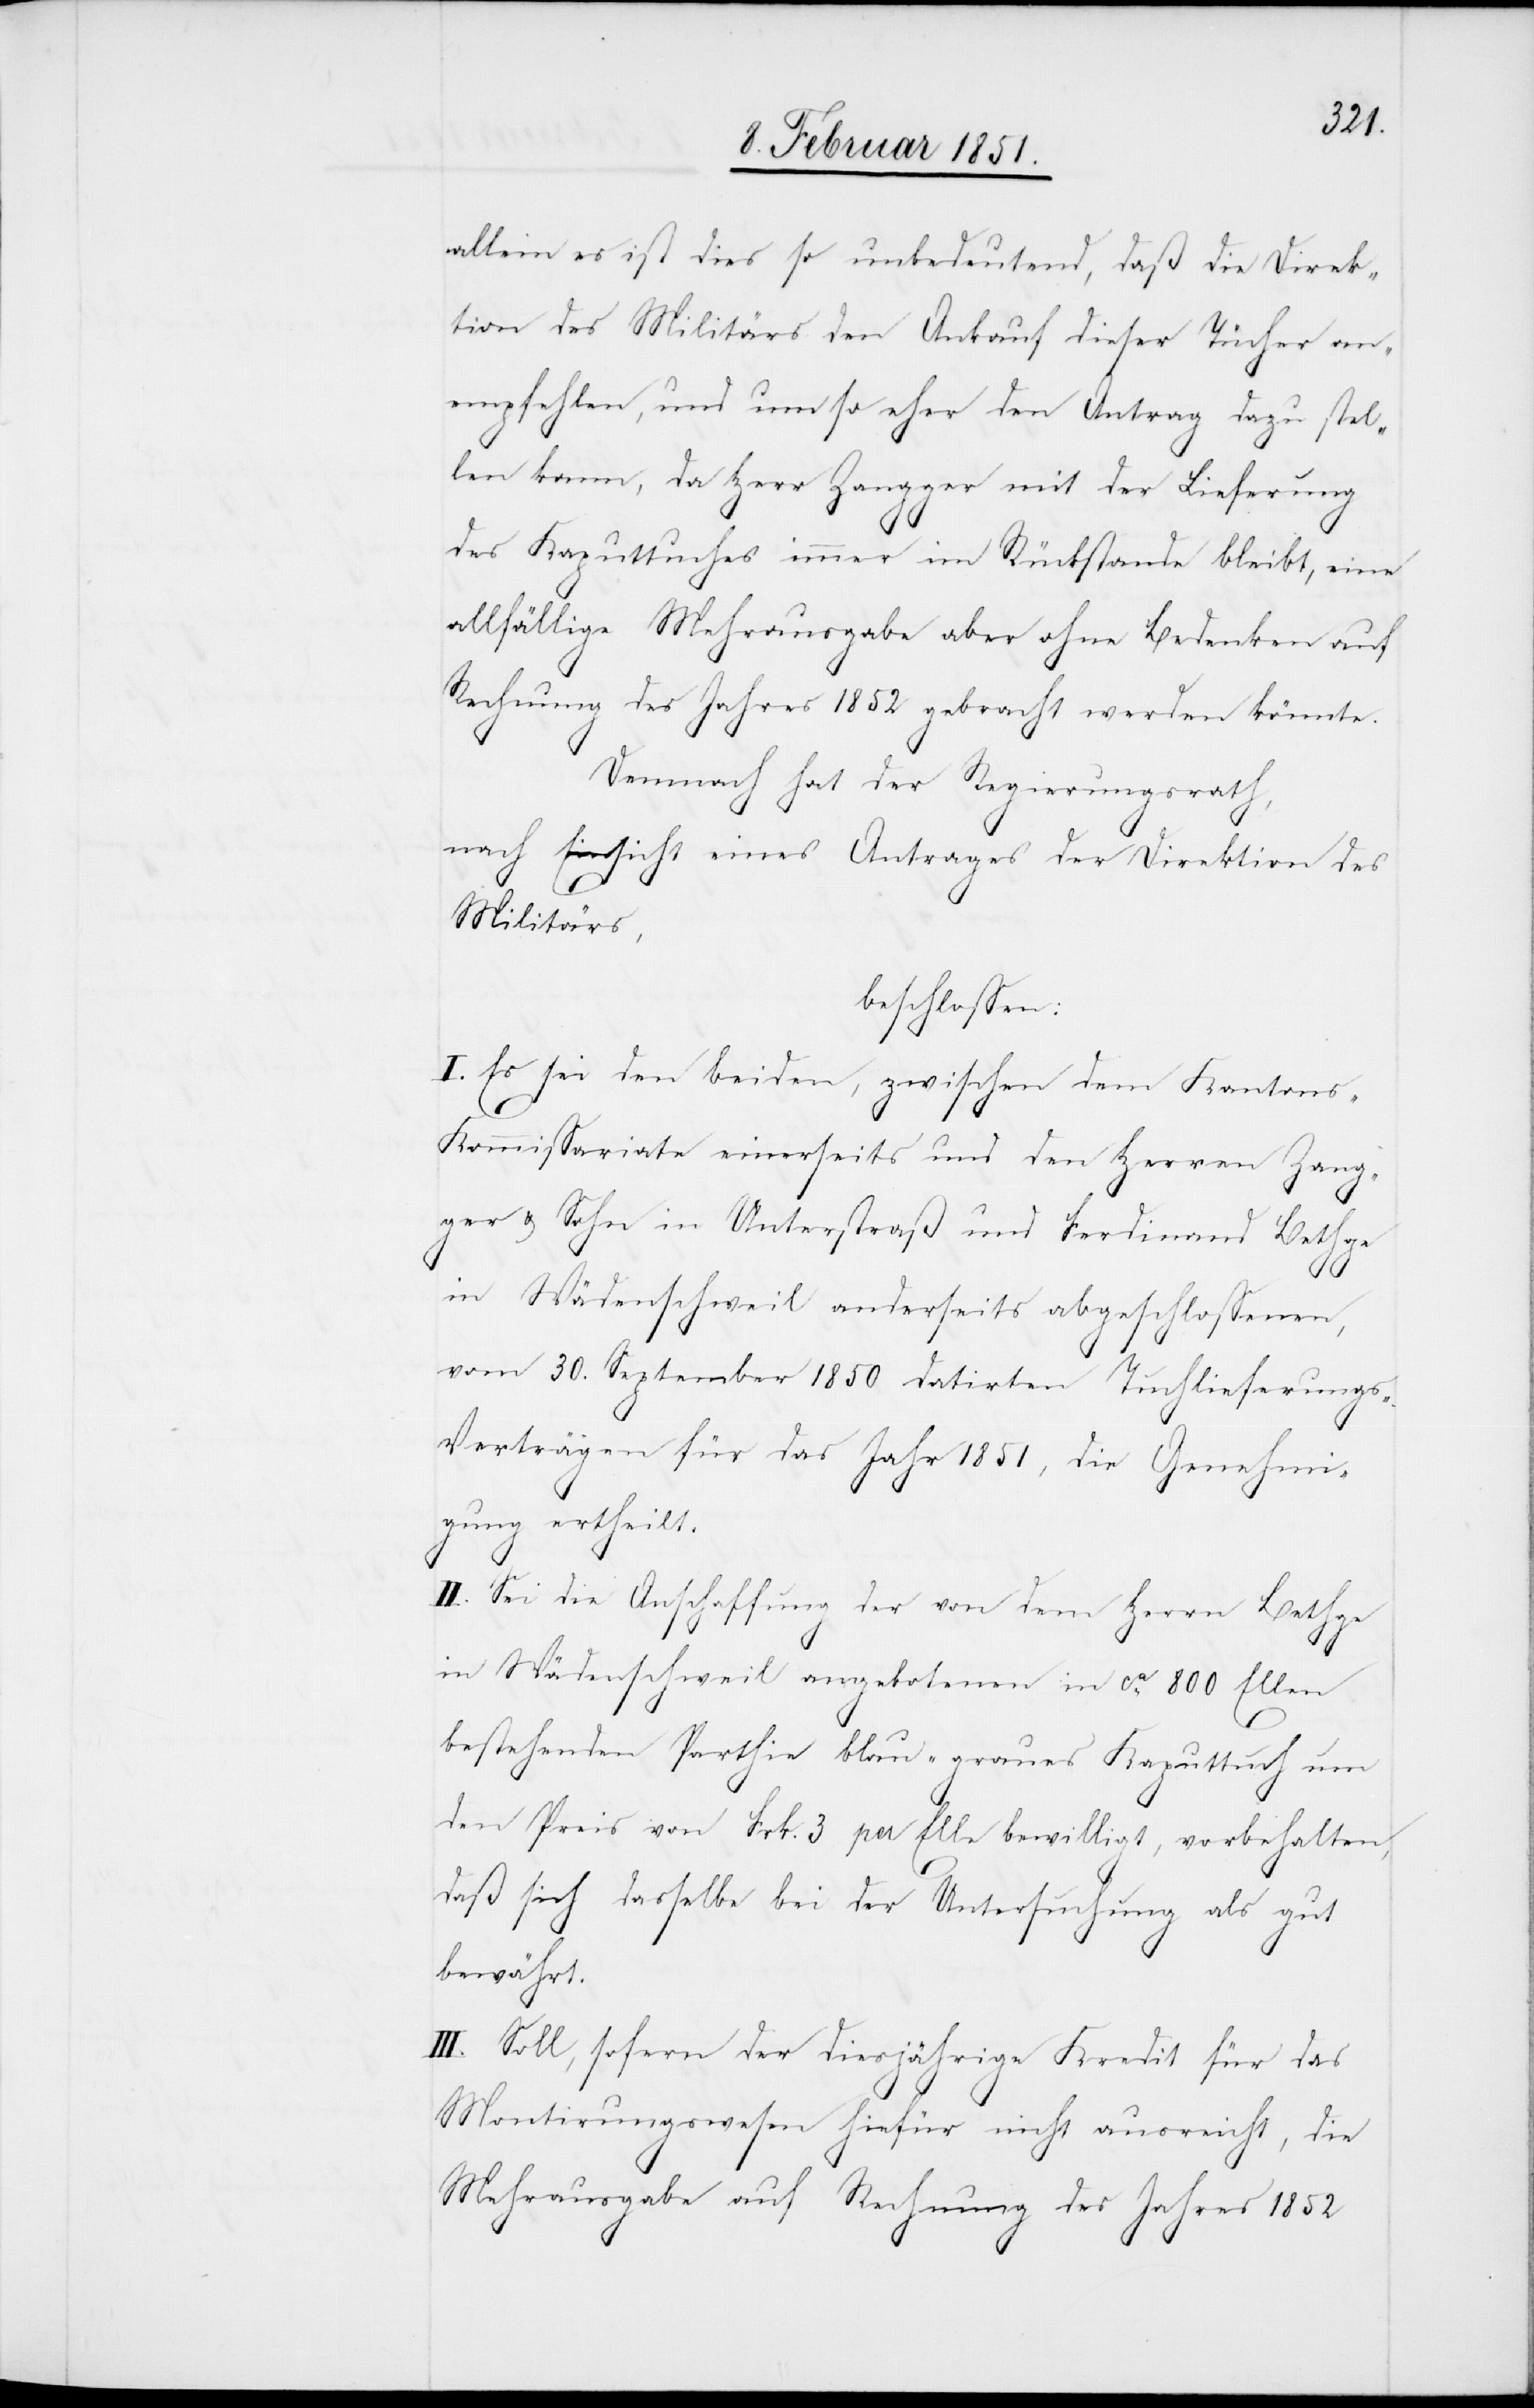
allein es ist dies so unbedeutend, daß die Direk¬
tion des Militärs den Ankauf dieser Tücher an¬
empfehlen, und um so eher den Antrag dazu stel¬
len kann, da Herr Zangger mit der Lieferung
des Kaputtuches immer im Rückstande bleibt, eine
allfällige Mehrausgabe aber ohne Bedenken auf
Rechnung des Jahres 1852 gebracht werden könnte.
Demnach hat der Regierungsrath,
nach Einsicht eines Antrages der Direktion des
Militärs,
beschlossen:
I. Es sei den beiden, zwischen dem Kanton¬
s-Kommissariate einerseits und den Herren Zang¬
ger & Sohn in Unterstraß und Ferdinand Bethge
in Wädenschweil anderseits abgeschlossenen,
vom 30. September 1850 datirten Tuchlieferungs-V¬
erträgen für das Jahr 1851, die Genehmi¬
gung ertheilt.
II. Sei die Anschaffung der von dem Herrn Bethge
in Wädenschweil angebotenen in ca. 800 Ellen
bestehenden Parthie blau-graues Kaputtuch um
den Preis von Frk. 3 per Elle bewilligt, vorbehalten,
daß sich dasselbe bei der Untersuchung als gut
bewährt.
III. Soll, sofern der diesjährige Kredit für das
Montirungswesen hiefür nicht ausreicht, die
Mehrausgabe auf Rechnung des Jahres 1852